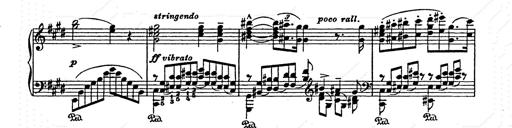
Title: AnnÃ©es de pÃ¨lerinage II
Composer: Franz Liszt